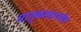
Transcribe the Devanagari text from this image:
धातुकामापर्यंत